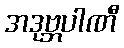
အဒုဗ္ဘပါဏီ